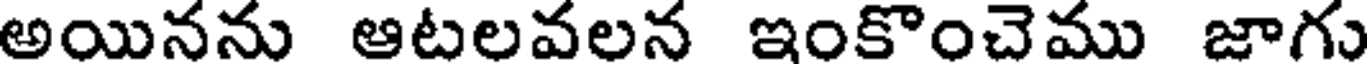
అయినను ఆటలవలన ఇంకొంచెము జాగు